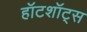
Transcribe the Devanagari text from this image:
हॉटशॉट्स